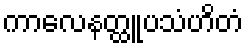
ကာလေနတ္ထူပသံဟိတံ